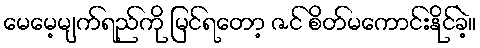
မေမေ့မျက်ရည်ကို မြင်ရတော့ ဇင် စိတ်မကောင်းနိုင်ခဲ့။